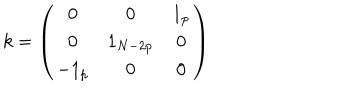
k = \left( \begin{array} { c c c } { { 0 } } & { { 0 } } & { { 1 _ { p } } } \\ { { 0 } } & { { 1 _ { N - 2 p } } } & { { 0 } } \\ { { - 1 _ { p } } } & { { 0 } } & { { 0 } } \\ \end{array} \right)